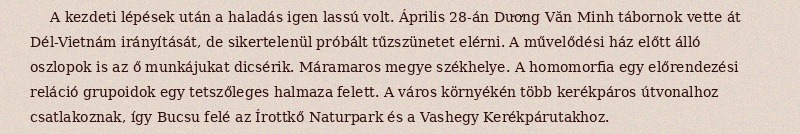
A kezdeti lépések után a haladás igen lassú volt. Április 28-án Dương Văn Minh tábornok vette át Dél-Vietnám irányítását, de sikertelenül próbált tűzszünetet elérni. A művelődési ház előtt álló oszlopok is az ő munkájukat dicsérik. Máramaros megye székhelye. A homomorfia egy előrendezési reláció grupoidok egy tetszőleges halmaza felett. A város környékén több kerékpáros útvonalhoz csatlakoznak, így Bucsu felé az Írottkő Naturpark és a Vashegy Kerékpárutakhoz.